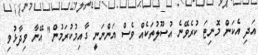
އަދި އެކަން މޮނިޓަ ކުރެވޭނެ އުސޫލުތަކެއް ވެސް އަންނަނީ ގާއިމުކުރަމުން" އޭނާ ވިދާޅުވި